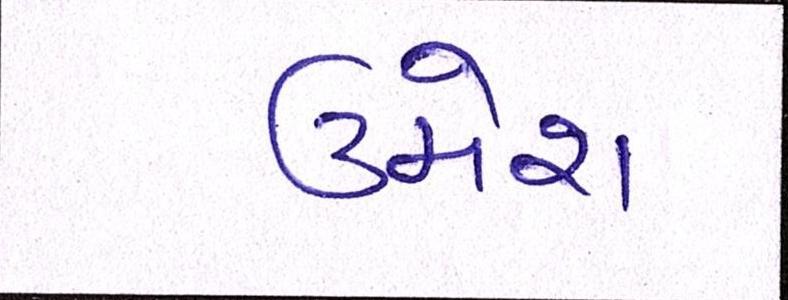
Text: ઉમેશ